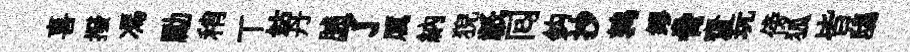
喜撥馮勵稍丅姑丹脯了厲納猊祇囘鈎抄鹑缪脅齋玩傍狐皆鴟